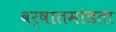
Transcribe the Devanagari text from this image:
वर्षातमांडता